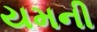
યમની